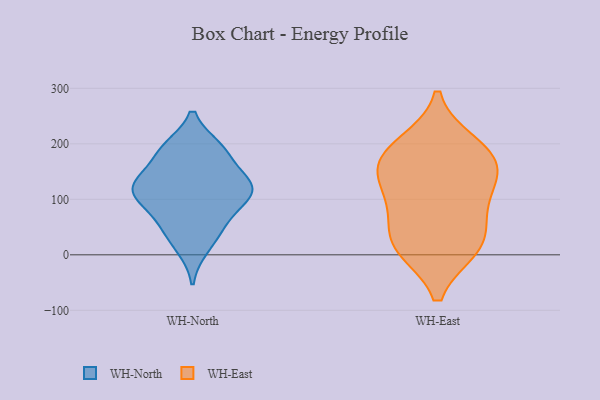
{"axis": {"x": "Conversion Rate (%)", "y": "Value"}, "legend": ["WH-East", "WH-North"], "data": [{"x": "", "y": 122, "type": "WH-North"}, {"x": "", "y": 13, "type": "WH-North"}, {"x": "", "y": 113, "type": "WH-North"}, {"x": "", "y": 192, "type": "WH-North"}, {"x": "", "y": 111, "type": "WH-North"}, {"x": "", "y": 134, "type": "WH-North"}, {"x": "", "y": 113, "type": "WH-North"}, {"x": "", "y": 136, "type": "WH-North"}, {"x": "", "y": 189, "type": "WH-North"}, {"x": "", "y": 185, "type": "WH-North"}, {"x": "", "y": 86, "type": "WH-North"}, {"x": "", "y": 55, "type": "WH-North"}, {"x": "", "y": 47, "type": "WH-North"}, {"x": "", "y": 98, "type": "WH-East"}, {"x": "", "y": 191, "type": "WH-East"}, {"x": "", "y": 12, "type": "WH-East"}, {"x": "", "y": 12, "type": "WH-East"}, {"x": "", "y": 159, "type": "WH-East"}, {"x": "", "y": 20, "type": "WH-East"}, {"x": "", "y": 160, "type": "WH-East"}, {"x": "", "y": 152, "type": "WH-East"}, {"x": "", "y": 200, "type": "WH-East"}, {"x": "", "y": 108, "type": "WH-East"}, {"x": "", "y": 56, "type": "WH-East"}]}